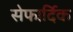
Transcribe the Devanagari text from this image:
सेफार्दिक